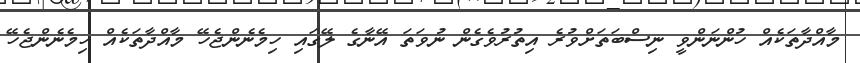
މާއްދާތަކެއް ހުންނަންވީ ނިސްބަތަށްވުރެ އިތުރުވެގެން ނުވަތަ އޭނާގެ ލޭގައި ހިމެނެންޖެހޭ މާއްދާތަކެއް ހިމެނެންޖެހޭ